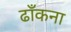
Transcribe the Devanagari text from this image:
ढाँकना